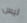
ليس